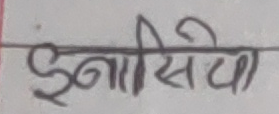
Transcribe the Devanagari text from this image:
ईनासियो